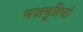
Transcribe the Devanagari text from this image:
मजबूरियां